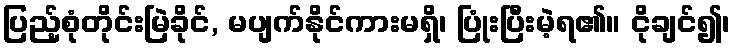
ပြည့်စုံတိုင်းမြဲခိုင်, မပျက်နိုင်ကားမရှိ၊ ပြုံးပြီးမဲ့ရ၏။ ငိုချင်၍၊